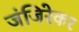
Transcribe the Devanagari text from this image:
जंजिरेकर